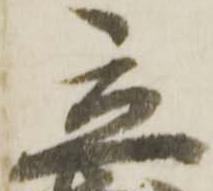
立